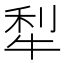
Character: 犁